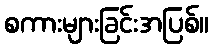
စကားများခြင်းအပြစ်။